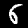
Label: 6